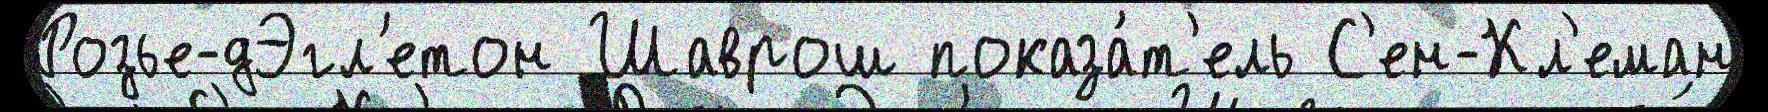
Розье-дЭгл'етон Шаврош показа́т'ель С'ен-Кл'еман